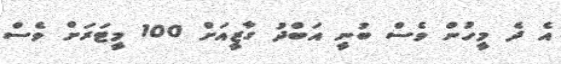
އެ ދެ މީހުން ވެސް ބުނީ އަބްދު ގާޒީއަށް 100 މީޓަރަށް ވެސް